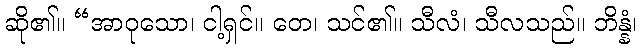
ဆို၏။ “အာဝုသော၊ ငါ့ရှင်။ တေ၊ သင်၏။ သီလံ၊ သီလသည်။ ဘိန္နံ၊